Vaccine operations Central Provinces & Berar 1912-1920 - 1912-1920
Year: 1912
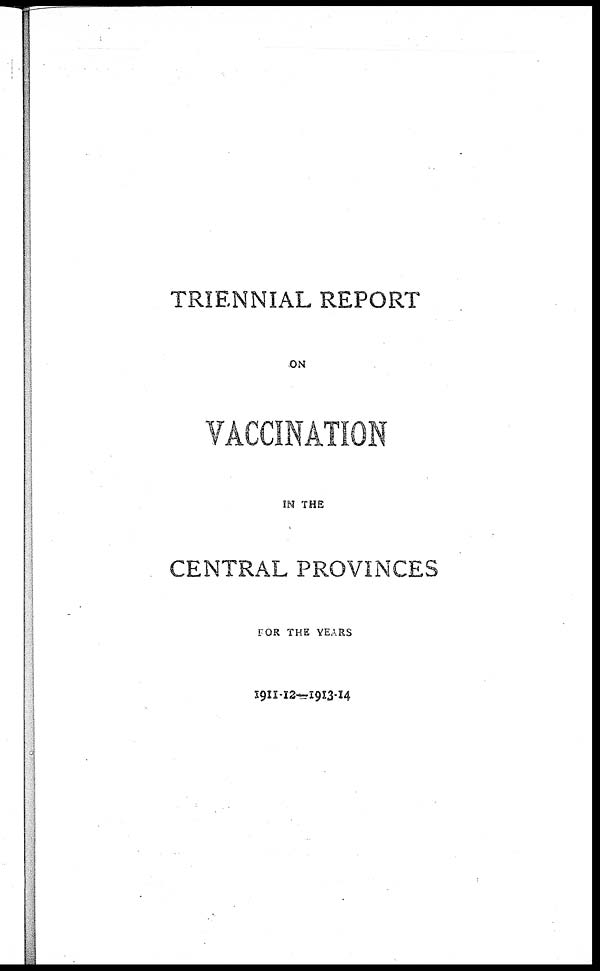
TRIENNIAL REPORT
ON
VACCINATION
IN THE
CENTRAL PROVINCES
FOR THE YEARS
1911-12—1913-14